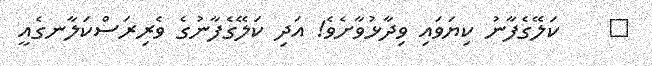
٣    ކަލޭގެފާނު ކިޔަވައި ވިދާޅުވާށެވެ! އަދި ކަލޭގެފާނުގެ ވެރިރަސްކަލާނގެއީ